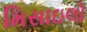
મિસાઇલો